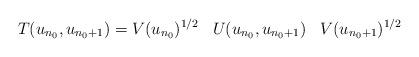
LaTeX: \begin{align*}T(u_{n_0},u_{n_0+1}) = V(u_{n_0})^{1/2} \;\;\; U(u_{n_0},u_{n_0+1}) \;\;\; V(u_{n_0+1})^{1/2}\end{align*}